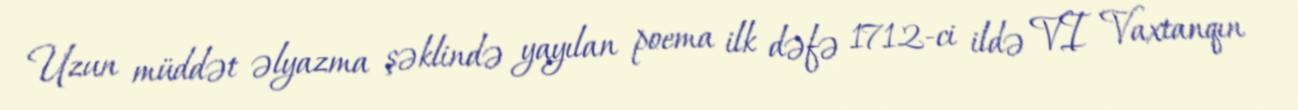
Uzun müddət əlyazma şəklində yayılan poema ilk dəfə 1712-ci ildə VI Vaxtanqın